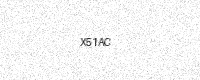
Text: X51AC